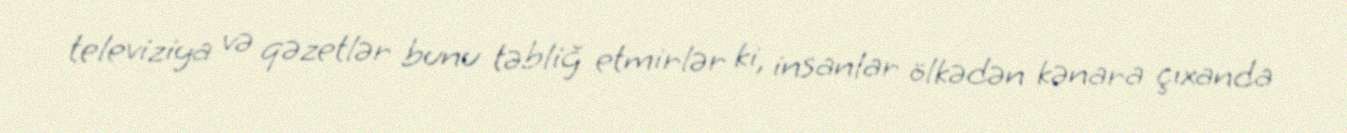
televiziya və qəzetlər bunu təbliğ etmirlər ki, insanlar ölkədən kənara çıxanda